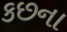
કછના